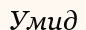
Умид